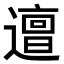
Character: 𨗍